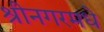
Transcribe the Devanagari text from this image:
श्रीनगरमधे